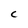
Character: C